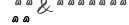
٦٨